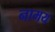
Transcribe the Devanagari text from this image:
नामय